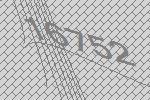
16752